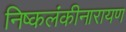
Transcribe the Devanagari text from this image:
निष्कलंकीनारायण